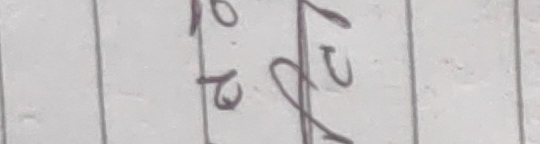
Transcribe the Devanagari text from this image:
रो.२०